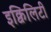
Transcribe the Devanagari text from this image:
इक्विलिटी